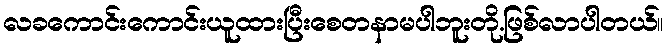
လခကောင်းကောင်းယူထားပြီးစေတနာမပါဘူးတို.ဖြစ်လာပါတယ်။